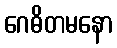
ဂေဓိတမနော